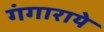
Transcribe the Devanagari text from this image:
गंगाराये